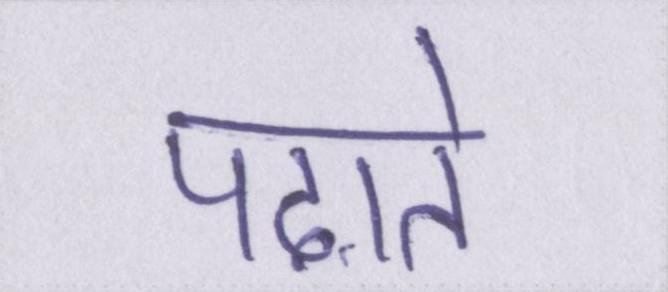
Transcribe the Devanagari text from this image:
पढ़ाते